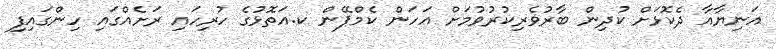
އަނިޔާއާ ދެކޮޅަށް ކުދިން ބާރުވެރިކުރުވުމަށް އަހަން ކެމްޕޭން ކ.އަތޮޅުގެ ހުރިހައި ރަށެއްގައި ހިންގައިފި